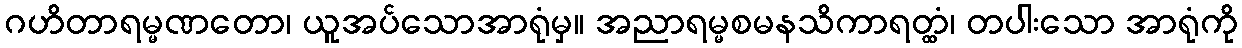
ဂဟိတာရမ္မဏတော၊ ယူအပ်သောအာရုံမှ။ အညာရမ္မစမနသိကာရတ္ထံ၊ တပါးသော အာရုံကို